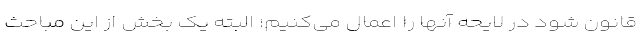
قانون شود در لایحه آنها را اعمال می‌کنیم؛ البته یک بخش از این مباحث